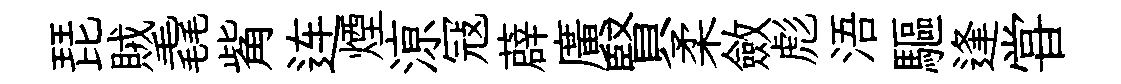
琵賊毳觜连煙鿌冦薜廣賢柔斂彪浯驅逢甞